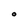
Character: O